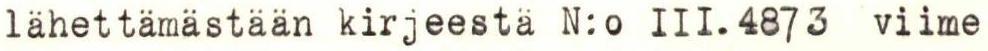
lähettämästään kirjeestä N:o III. 4873 viime